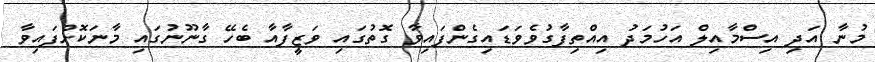
މުނާ އަދި އިސްމާއިލް އަހުމަދު އިއްތިފާގުވެވަޑައިގެންފައިވާ ގޮތުގައި ވަޒީފާއާ ބެހޭ ގާނޫނުގައި މާނަކޮށްފައިވާ